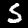
Digit: 5